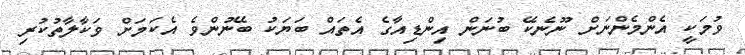
ވުމަކީ އެންމެންނަށް ނޫނެކޭ ބުނަން އިންޑިއާގެ އެތައް ބަޔަކު ބޭނުންވެ އެކަމަށް ވަކާލާތުކުރި